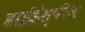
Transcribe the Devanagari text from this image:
हाईडेस्पीज